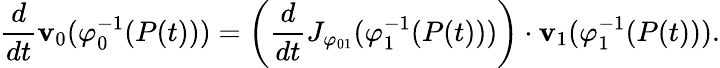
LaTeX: {\frac{d}{dt}}{\mathbf{v}}_{0}(\varphi_{0}^{-1}(P(t)))=\left({\frac{d}{dt}}J_{\varphi_{01}}(\varphi_{1}^{-1}(P(t)))\right)\cdot{\mathbf{v}}_{1}(\varphi_{1}^{-1}(P(t))).